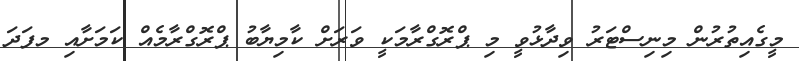
މީގެއިތުރުން މިނިސްޓަރު ވިދާޅުވީ މި ޕްރޮގްރާމަކީ ވަރަށް ކާމިޔާބު ޕްރޮގްރާމެއް ކަމަށާއި މފަދަ